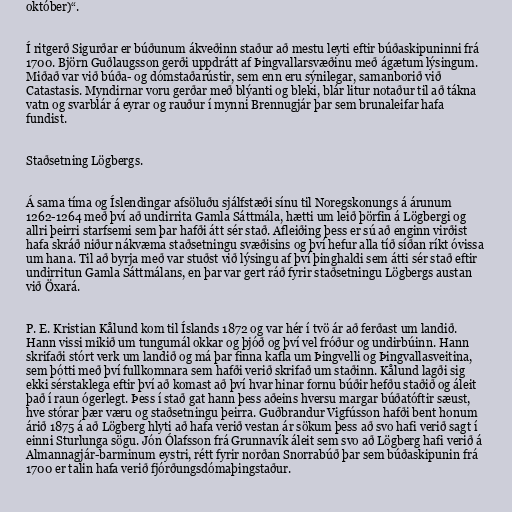
október)“.

Í ritgerð Sigurðar er búðunum ákveðinn staður að mestu leyti eftir búðaskipuninni frá
1700. Björn Guðlaugsson gerði uppdrátt af Þingvallarsvæðinu með ágætum lýsingum.
Miðað var við búða- og dómstaðarústir, sem enn eru sýnilegar, samanborið við
Catastasis. Myndirnar voru gerðar með blýanti og bleki, blár litur notaður til að tákna
vatn og svarblár á eyrar og rauður í mynni Brennugjár þar sem brunaleifar hafa
fundist.

Staðsetning Lögbergs.

Á sama tíma og Íslendingar afsöluðu sjálfstæði sínu til Noregskonungs á árunum
1262-1264 með því að undirrita Gamla Sáttmála, hætti um leið þörfin á Lögbergi og
allri þeirri starfsemi sem þar hafði átt sér stað. Afleiðing þess er sú að enginn virðist
hafa skráð niður nákvæma staðsetningu svæðisins og því hefur alla tíð síðan ríkt óvissa
um hana. Til að byrja með var stuðst við lýsingu af því þinghaldi sem átti sér stað eftir
undirritun Gamla Sáttmálans, en þar var gert ráð fyrir staðsetningu Lögbergs austan
við Öxará.

P. E. Kristian Kålund kom til Íslands 1872 og var hér í tvö ár að ferðast um landið.
Hann vissi mikið um tungumál okkar og þjóð og því vel fróður og undirbúinn. Hann
skrifaði stórt verk um landið og má þar finna kafla um Þingvelli og Þingvallasveitina,
sem þótti með því fullkomnara sem hafði verið skrifað um staðinn. Kålund lagði sig
ekki sérstaklega eftir því að komast að því hvar hinar fornu búðir hefðu staðið og áleit
það í raun ógerlegt. Þess í stað gat hann þess aðeins hversu margar búðatóftir sæust,
hve stórar þær væru og staðsetningu þeirra. Guðbrandur Vigfússon hafði bent honum
árið 1875 á að Lögberg hlyti að hafa verið vestan ár sökum þess að svo hafi verið sagt í
einni Sturlunga sögu. Jón Ólafsson frá Grunnavík áleit sem svo að Lögberg hafi verið á
Almannagjár-barminum eystri, rétt fyrir norðan Snorrabúð þar sem búðaskipunin frá
1700 er talin hafa verið fjórðungsdómaþingstaður.